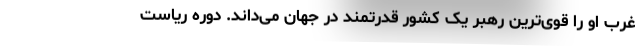
غرب او را قوی‌ترین رهبر یک کشور قدرتمند در جهان می‌داند. دوره ریاست